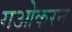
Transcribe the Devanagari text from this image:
गओकरन